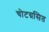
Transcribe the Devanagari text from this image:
चोटग्रसित